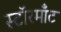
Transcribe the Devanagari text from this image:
स्टॉरमाँट